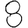
Digit: 8